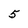
Character: 5